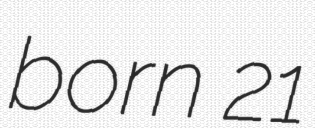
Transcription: born 21